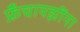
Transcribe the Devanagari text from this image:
फ्रँचायझींना